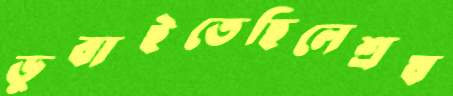
ডুবাইতেছিলেশ্রষ